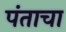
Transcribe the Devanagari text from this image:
पंताचा